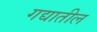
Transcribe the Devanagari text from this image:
गद्यातील